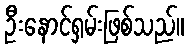
ဦးနောင်ရှမ်းဖြစ်သည်။